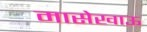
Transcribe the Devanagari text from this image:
मासेखाऊ